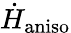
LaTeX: \dot{H}_{\mathrm{aniso}}